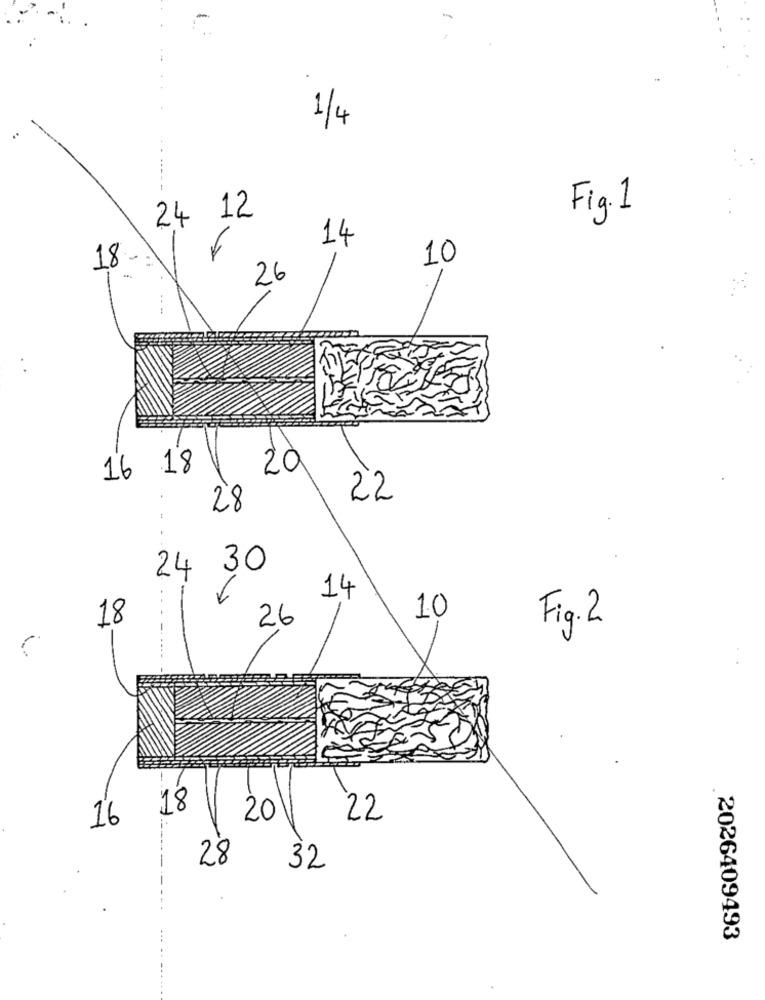
1/4
24 12
Fig. 1
14
18-
10
26
- -
16 18
2à
.
22
28
-
30
24
14
18
26
10
Fig. 2
18
16
20
22
28
32
2026409493